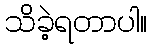
သိခဲ့ရတာပါ။